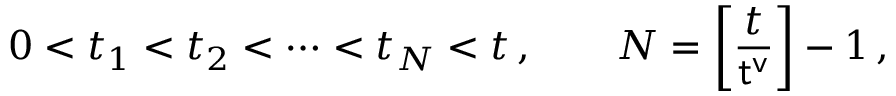
0 < t _ { 1 } < t _ { 2 } < \dots < t _ { N } < t \, , \qquad N = \left[ \frac { t } { { \sf t ^ { v } } } \right] - 1 \, ,